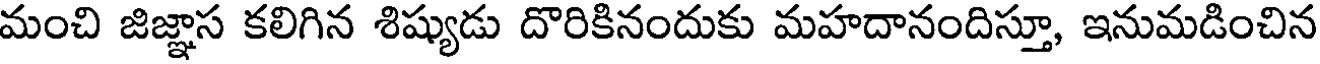
మంచి జిజ్ఞాస కలిగిన శిష్యుడు దొరికినందుకు మహదానందిస్తూ, ఇనుమడించిన